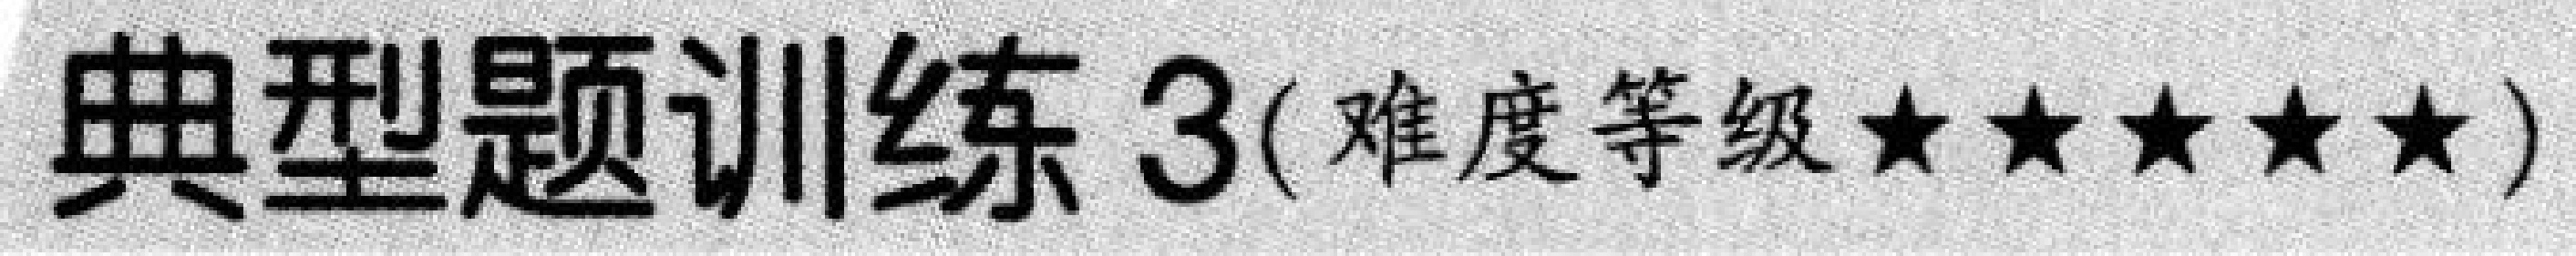
典型题训练 3(难度等级★★★★★)